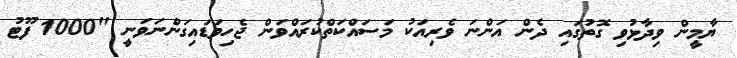
ޔާމީން ވިދާޅުވި ގޮތުގައި ދެން އަންނަ ވެރިއަކު މަސައްކަތްކުރައްވަން ޖެހިވަޑައިގަންނަވަނީ "1000 ފޫޓު